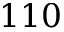
1 1 0